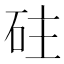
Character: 砫